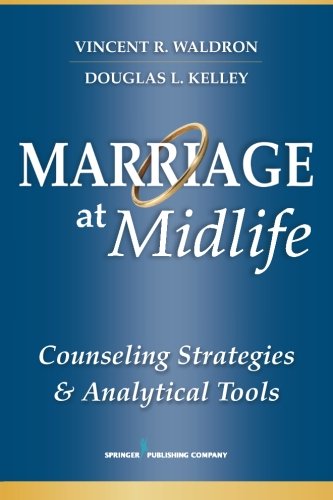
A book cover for Marriage at Midlife: Counseling Strategies and Analytical Tools; Dr. Vincent R. Waldron PhD; Self-Help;